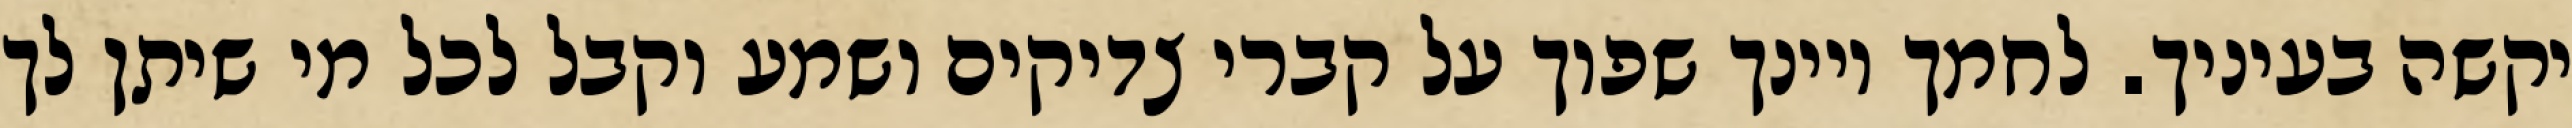
יקשה בעיניך. לחמך ויינך שפוך על קברי צדיקים ושמע וקבל לכל מי שיתן לך